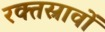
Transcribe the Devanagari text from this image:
रक्‍तस्रावों